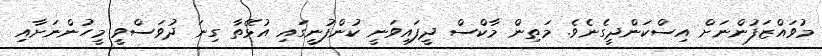
މުވައްޒަފުންނަށް އިސްކަންދީގެނެވެ. މަތިން މާކްސް ދީފައިވަނީ ކުންފުނީގައި އުޅޭތާ ގިނަ ދުވަސްވީ މީހުންނަށާއި